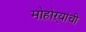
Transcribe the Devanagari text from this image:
मोहोऱ्यांची